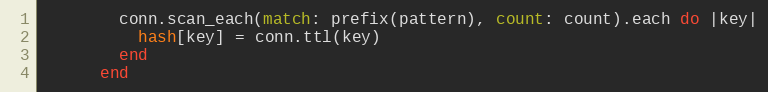
Language: Ruby
        conn.scan_each(match: prefix(pattern), count: count).each do |key|
          hash[key] = conn.ttl(key)
        end
      end